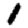
Digit: 1